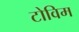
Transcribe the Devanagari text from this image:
टोविम